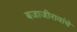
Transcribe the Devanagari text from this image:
बजाजीरावांचे